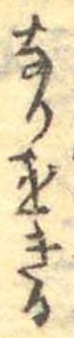
なりをきる